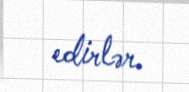
edirlər.